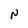
Character: N